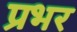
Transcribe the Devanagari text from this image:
प्रभर